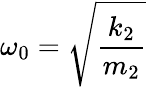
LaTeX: \omega_{0}={\sqrt{\frac{k_{2}}{m_{2}}}}